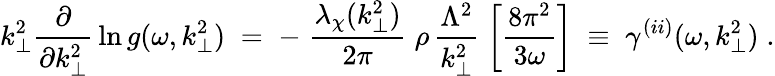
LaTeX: k_{\perp}^{2}\frac{\partial}{\partial k_{\perp}^{2}}\, \ln g(\omega,k_{\perp}^{2})\; =\; -\; \frac{\lambda_{\chi}(k_{\perp}^{2})}{2\pi}\; \rho\, \frac{\Lambda^{2}}{k_{\perp}^{2}}\; \left[\frac{8\pi^{2}}{3\omega}\right]\; \equiv\; \gamma^{(ii)}(\omega,k_{\perp}^{2})\; .